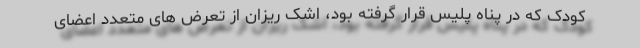
کودک که در پناه پلیس قرار گرفته بود، اشک ریزان از تعرض های متعدد اعضای